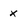
Character: x